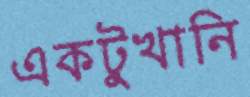
একটুখানি